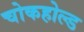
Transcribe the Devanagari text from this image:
चोकहोल्ड